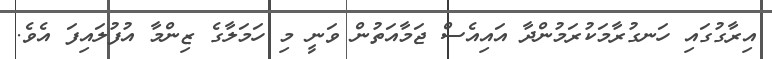
އިރާގުގައި ހަނގުރާމަކުރަމުންދާ އައިއެސް ޖަމާއަތުން ވަނީ މި ހަމަލާގެ ޒިންމާ އުފުލައިފަ އެވެ.